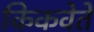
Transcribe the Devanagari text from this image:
किकवेते